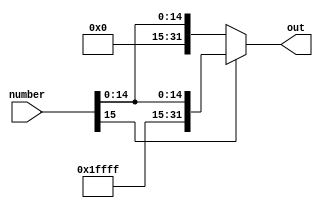
module sign_extender(number,out);
input [15:0]number;
output reg [31:0] out;


always@(number) begin
  if(number[15]==1'b1) out<={16'h0xffff,number};
  else out<={16'h0,number};
end

endmodule